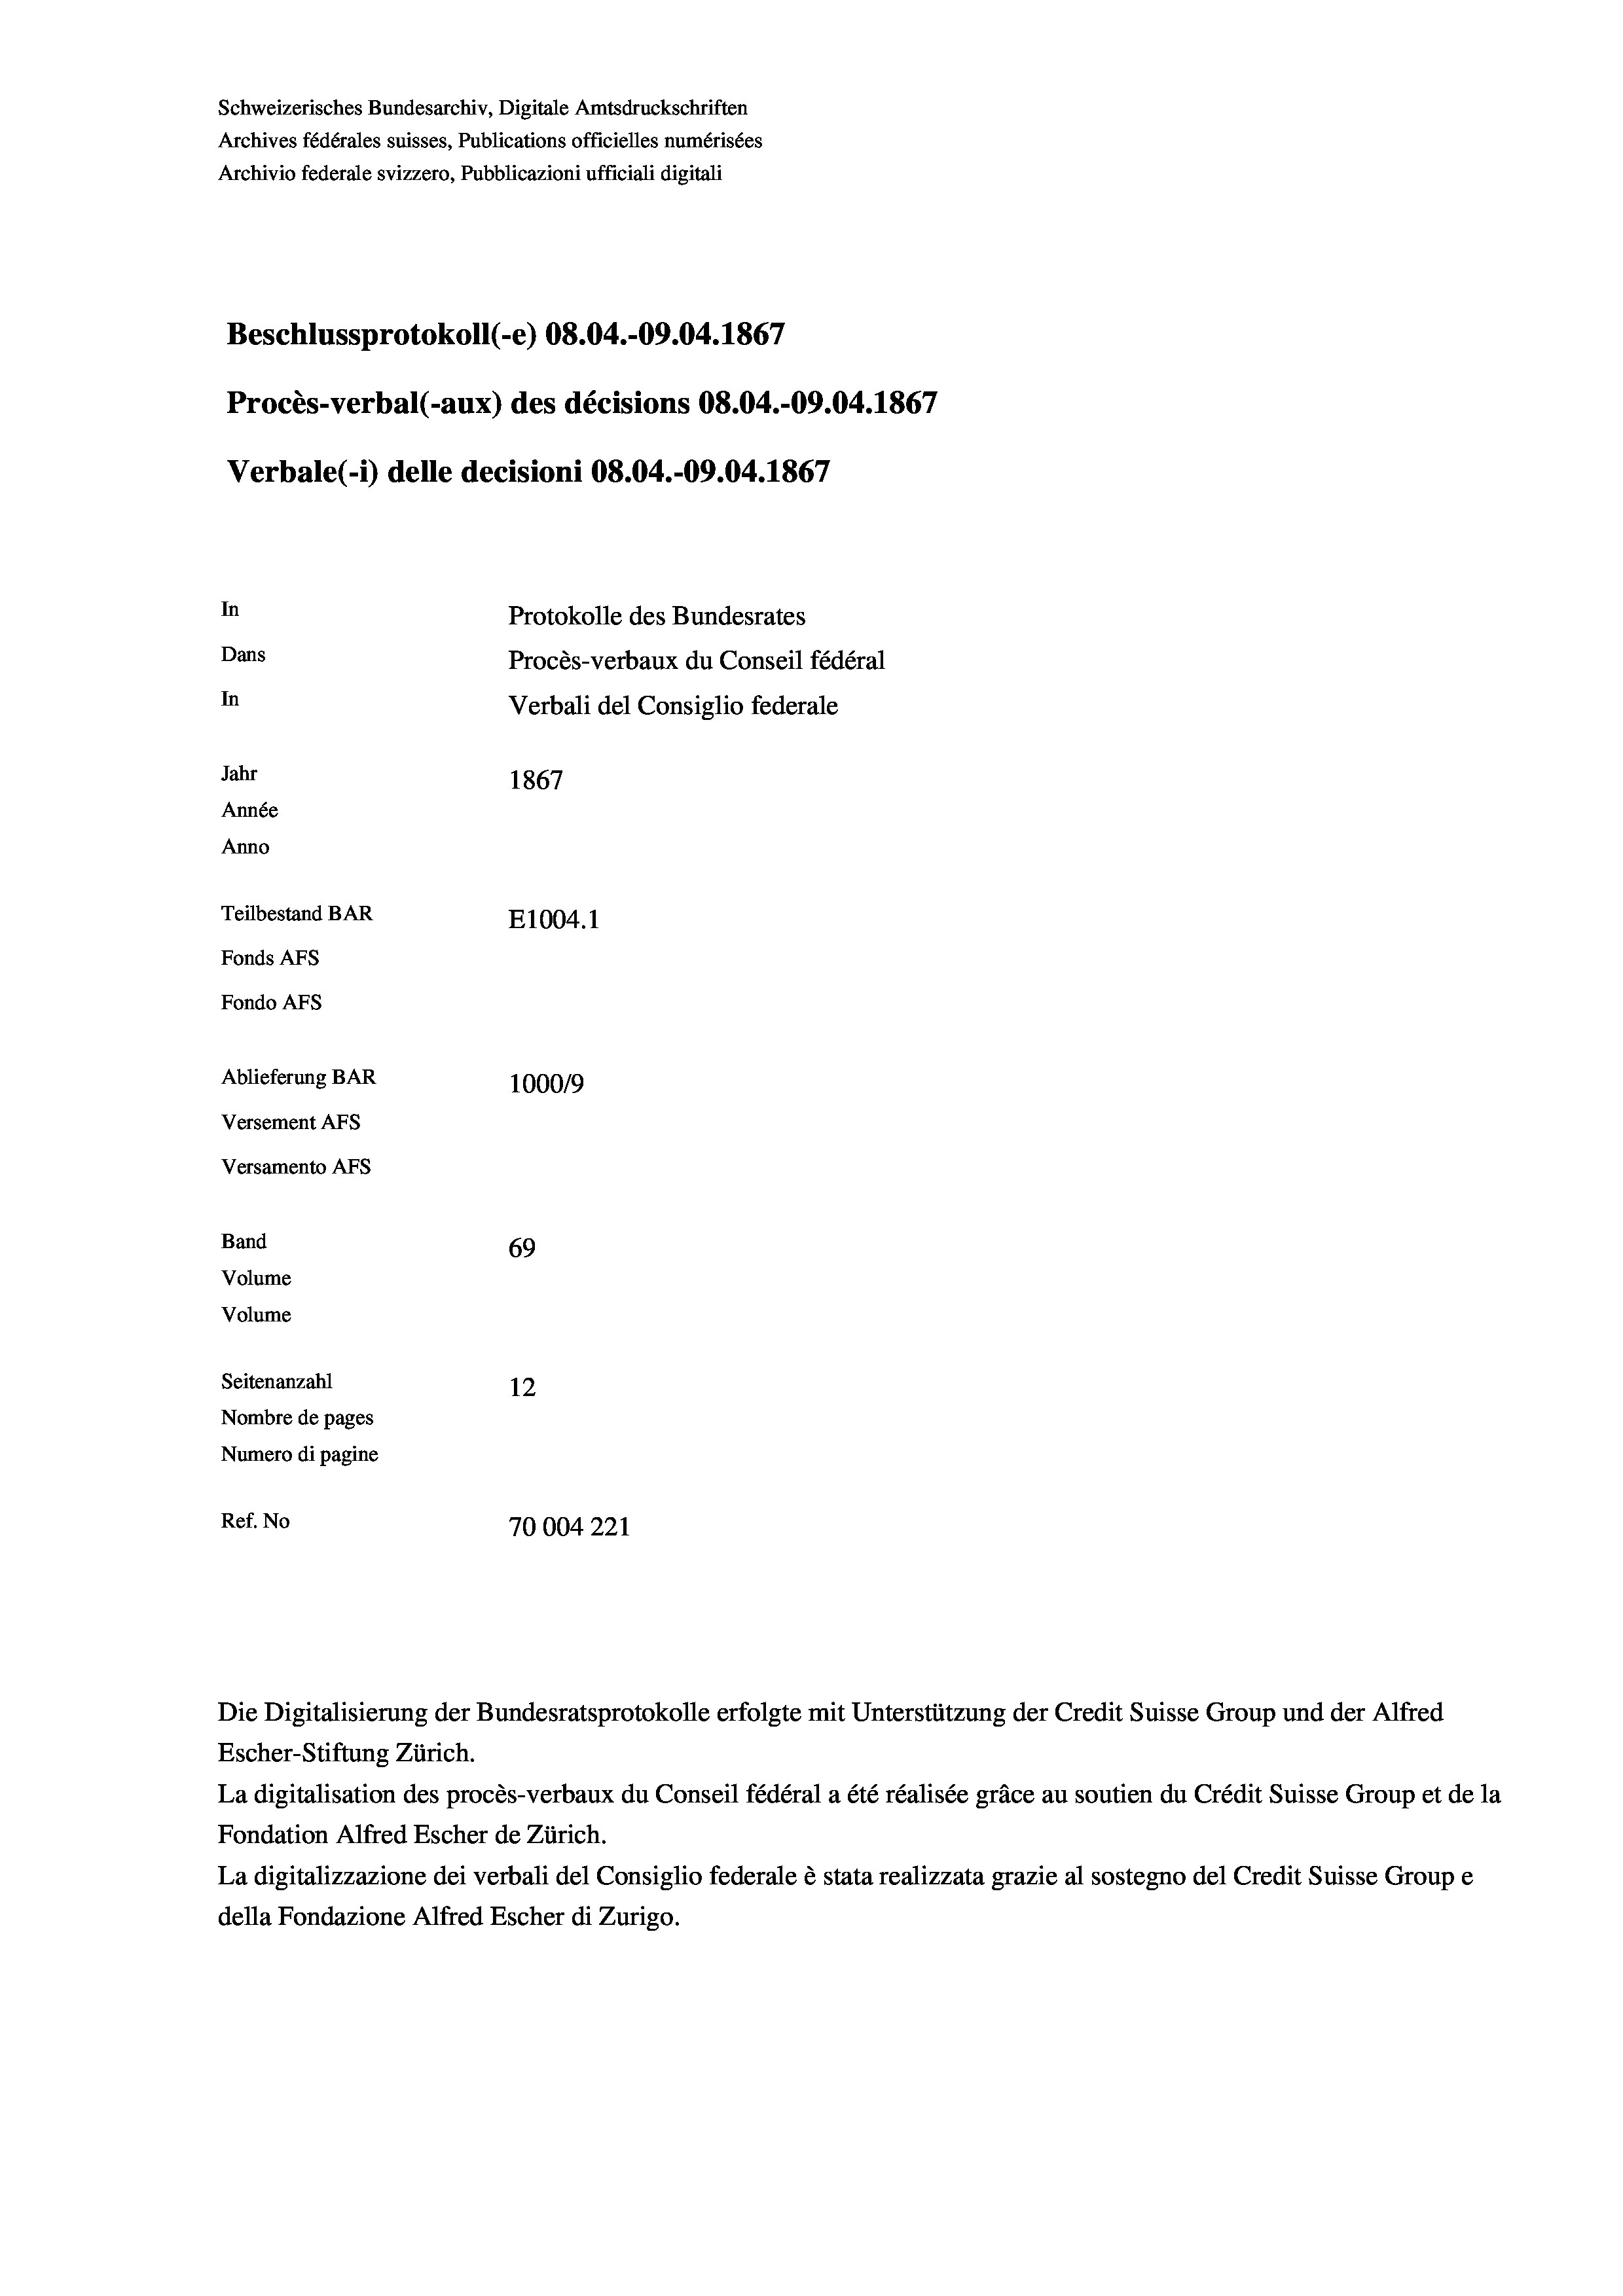
Schweizerisches Bundesarchiv, Digitale Amtsdruckschriften
Archives fédérales suisses, Publications officielles numérisées
Archivio federale svizzero, Pubblicazioni ufficiali digitali
Beschlussprotokoll (-e) 08.04.-09.04. 1867
Procès-verbal (-aux) des décisions 08.04.-09.04. 1867
Verbale (1) delle decisioni 08.04.-09.04. 1867
In
Protokolle des Bundesrates
Dans
Procès-verbaux du Conseil fédéral
In
Verbali del Consiglio federale
Jahr
1867
Année
Anno
Teilbestand BAR
E1004.1
Fonds AFs
Fondo Afs

Ablieferung BAR
Versement AFs
Versamento AFs
Band
Volume
Volume

100019
69
Seitenanzahl
12
Nombre de pages
Numero di pagine
Ref. No
70004221

Escher-Stiftung Zürich.
La digitalisation des procès-verbaux du Conseil fédéral a été réalisée gräce au soutien du Crédit Suisse Group et de la
Fondation Alfred Escher de Zürich.
La digitalizzazione dei verbali del Consiglio federale è stata realizzata grazie al sostegno del Credit Suisse Groupe
della Fondazione Alfred Escher di Zurigo.

Die Digitalisierung der Bundesratsprotokolle erfolgte mit Unterstützung der Credit Suisse Group und der Alfred